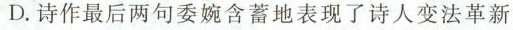
D. 诗作最后两句委婉含蓄地表现了诗人变法革新